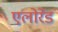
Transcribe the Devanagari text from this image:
एलोरेड